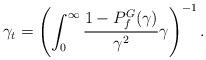
LaTeX: \begin{align*} \gamma_t = \left(\int_{0}^{\infty} \frac{1-P_f^G(\gamma)}{\gamma^2} \gamma \right)^{-1}.\end{align*}